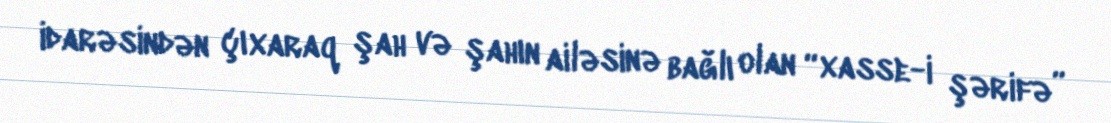
idarəsindən çıxaraq şah və şahın ailəsinə bağlı olan “xasse-i şərifə”